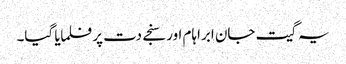
یہ گیت جان ابراہام اور سنجے دت پر فلمایا گیا۔